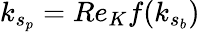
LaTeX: k_{s_{p}}=Re_{K}f(k_{s_{b}})